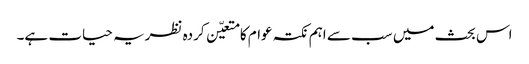
اس بحث میں سب سے اہم نکتہ عوام کا متعیّن کردہ نظریہ حیات ہے۔